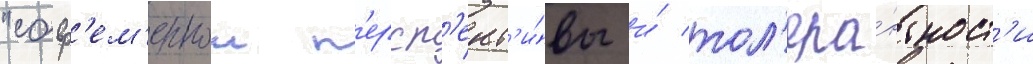
"совр'ем'еннои п'ерсп'ект'и́вы и́ тол'ера́нтност'и